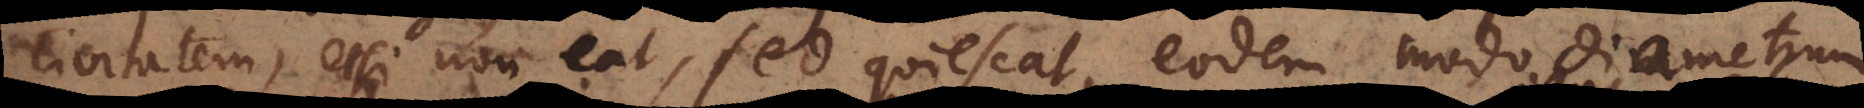
civitatem, etsi non eat, sed quiescat, eodem modo diametru